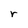
Character: r